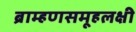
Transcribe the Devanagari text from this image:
ब्राम्हणसमूहलक्षी